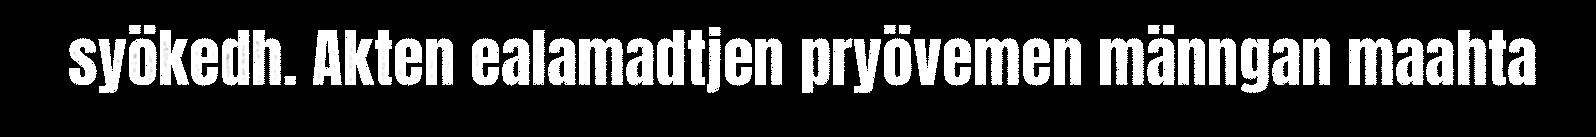
syökedh. Akten ealamadtjen pryövemen männgan maahta